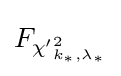
F_{{\chi '}_{k_{*},\lambda _{*}}^{2}}